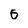
Character: 0